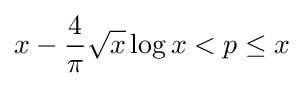
x-{\frac {4}{\pi }}{\sqrt {x}}\log x<p\leq x